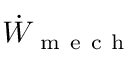
\dot { W } _ { \mathrm { ~ m ~ e ~ c ~ h ~ } }